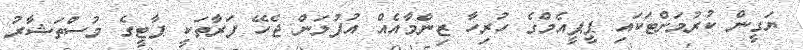
ޔަގީން ކުރުމަށްޓަކައި ޕީޕީއެމްގެ ހުރިހާ ޒިންމާއެއް އުފުލަން ޖެހޭ ފަރާތަކީ ޕާޓީގެ މުސްތަޝާރު